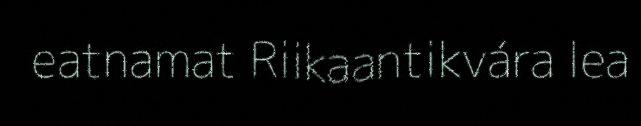
eatnamat Riikaantikvára lea